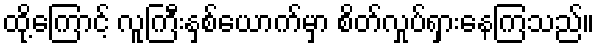
ထို့ကြောင့် လူကြီးနှစ်ယောက်မှာ စိတ်လှုပ်ရှားနေကြသည်။